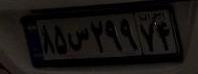
۸۵س۲۹۹۷۴